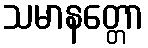
သမာနတ္တော